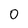
Character: 0